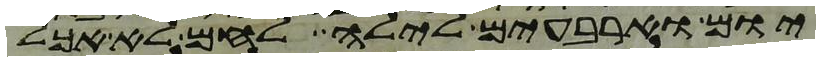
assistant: יום וארבעים לילה לחם לא אכל